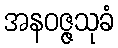
အနဝဇ္ဇသုခံ